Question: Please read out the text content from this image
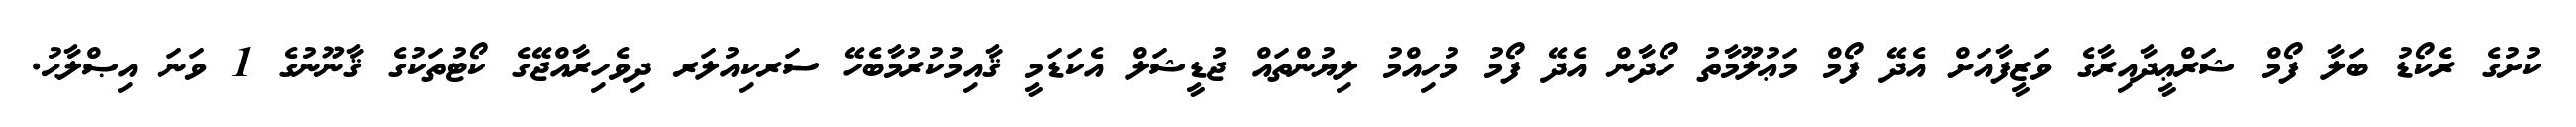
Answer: ކުށުގެ ރެކޯޑު ބަލާ ފޯމް ޝަރްޢީދާއިރާގެ ވަޒީފާއަށް އެދޭ ފޯމް މަޢުލޫމާތު ހޯދާން އެދޭ ފޯމު މުހިއްމު ލިޔުންތައް ޖުޑީޝަލް އެކަޑަމީ ޤާއިމުކުރުމާބެހޭ ސަރކިއުލަރ ދިވެހިރާއްޖޭގެ ކޯޓުތަކުގެ ޤާނޫނުގެ 1 ވަނަ އިޞްލާޙު.